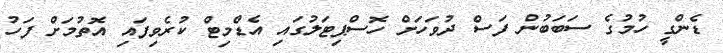
ޑެންގީ ހުމުގެ ސަބަބުން ފަސް ދުވަހަށް ހޮސްޕިޓަލުގައި އެޑްމިޓް ކުރެވިފައި އޮތުމަށް ފަހު